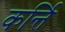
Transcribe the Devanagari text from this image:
कर्न्ति